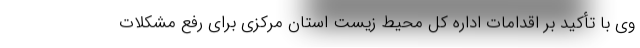
وی با تأکید بر اقدامات اداره کل محیط زیست استان مرکزی برای رفع مشکلات